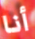
أنا